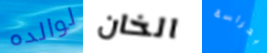
لوالده الخان بحراسة